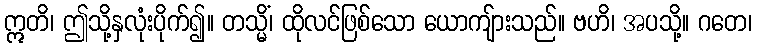
ဣတိ၊ ဤသို့နှလုံးပိုက်၍။ တသ္မိံ၊ ထိုလင်ဖြစ်သော ယောကျ်ားသည်။ ဗဟိ၊ အပသို့။ ဂတေ၊